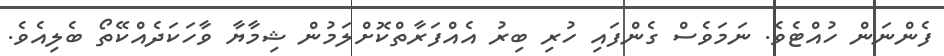
ފެންނަން ހުއްޓެވެ. ނަމަވެސް ގެންފައި ހުރި ބިރު އެއްފަރާތްކޮށްލަމުން ޝިމާޔާ ވާހަކަދެއްކޭތޯ ބެލިއެވެ.